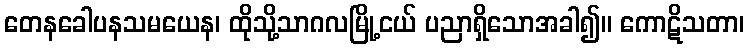
တေနခေါပနသမယေန၊ ထိုသို့သာဂလမြို့ငယ် ပညာရှိသောအခါ၍။ ကောဋိသတာ၊